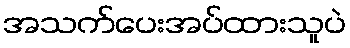
အသက်ပေးအပ်ထားသူပဲ